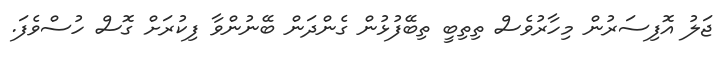
ޖަލު އޮފިސަރުން މިހާރުވެސް ތިތިބީ ތިބޭފުޅުން ގެންދަން ބޭނުންވާ ފިކުރަށް ގޮސް ހުސްވެފަ.